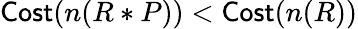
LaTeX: \textsf{Cost}(n(R*P))<\textsf{Cost}(n(R))